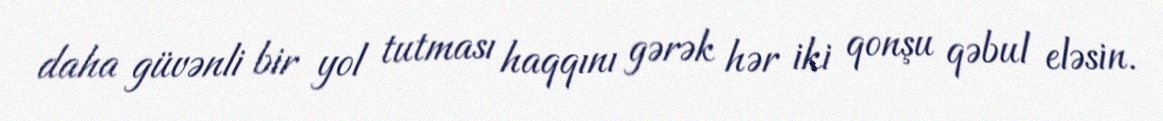
daha güvənli bir yol tutması haqqını gərək hər iki qonşu qəbul eləsin.